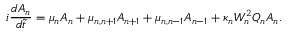
i \frac { d A _ { n } } { d \tilde { t } } = \mu _ { n } A _ { n } + \mu _ { n , n + 1 } A _ { n + 1 } + \mu _ { n , n - 1 } A _ { n - 1 } + \kappa _ { n } W _ { n } ^ { 2 } Q _ { n } A _ { n } .